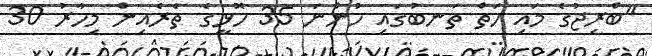
"ބްރިޖުގެ މައި ހަތް ތަނބުގައި ހުންނަ 35 ހޮޅީގެ ތެރެއިން މިހާރު 30